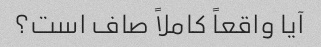
آیا واقعاً کاملاً صاف است؟